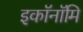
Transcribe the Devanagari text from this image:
इकॉनॉमि